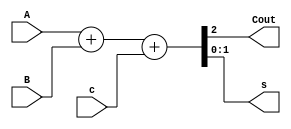
module adder_2bit(Cout,s,A,B,c);
	input [1:0] A,B;
	input c;
	output reg [1:0] s;
	output reg Cout;
	
	always @(*)
		begin
			{Cout,s} = A+B+c;
		end
endmodule

module adder8bit(s,X,Y,Cin);

	input [7:0] X;
	input [7:0] Y;
	input Cin;
	output reg [8:0] s;
	 
	reg cout;
	
	wire c1,c2,c3,cout_tmp;
	wire [7:0] s_temp;
	
	adder_2bit adder1(c1,s_temp[1:0],X[1:0],Y[1:0],Cin);
	adder_2bit adder2(c2,s_temp[3:2],X[3:2],Y[3:2],c1);
	adder_2bit adder3(c3,s_temp[5:4],X[5:4],Y[5:4],c2);
	adder_2bit adder4(cout_tmp,s_temp[7:6],X[7:6],Y[7:6],c3);


	always @(*)
		begin
			cout <= cout_tmp;
			s <= {cout,s_temp};
		end
		
endmodule